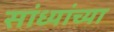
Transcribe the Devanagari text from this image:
सांध्यांच्या